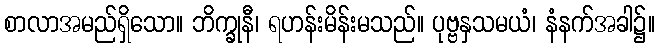
စာလာအမည်ရှိသော။ ဘိက္ခုနီ၊ ရဟန်းမိန်းမသည်။ ပုဗ္ဗနှသမယံ၊ နံနက်အခါ၌။